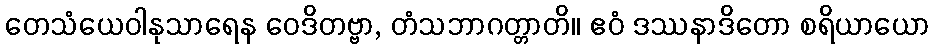
တေသံယေဝါနုသာရေန ဝေဒိတဗ္ဗာ, တံသဘာဂတ္တာတိ။ ဧဝံ ဒဿနာဒိတော စရိယာယော